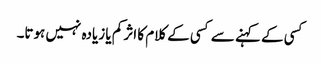
کسی کے کہنے سے کسی کے کلام کا اثر کم یا زیادہ نہیں ہوتا۔